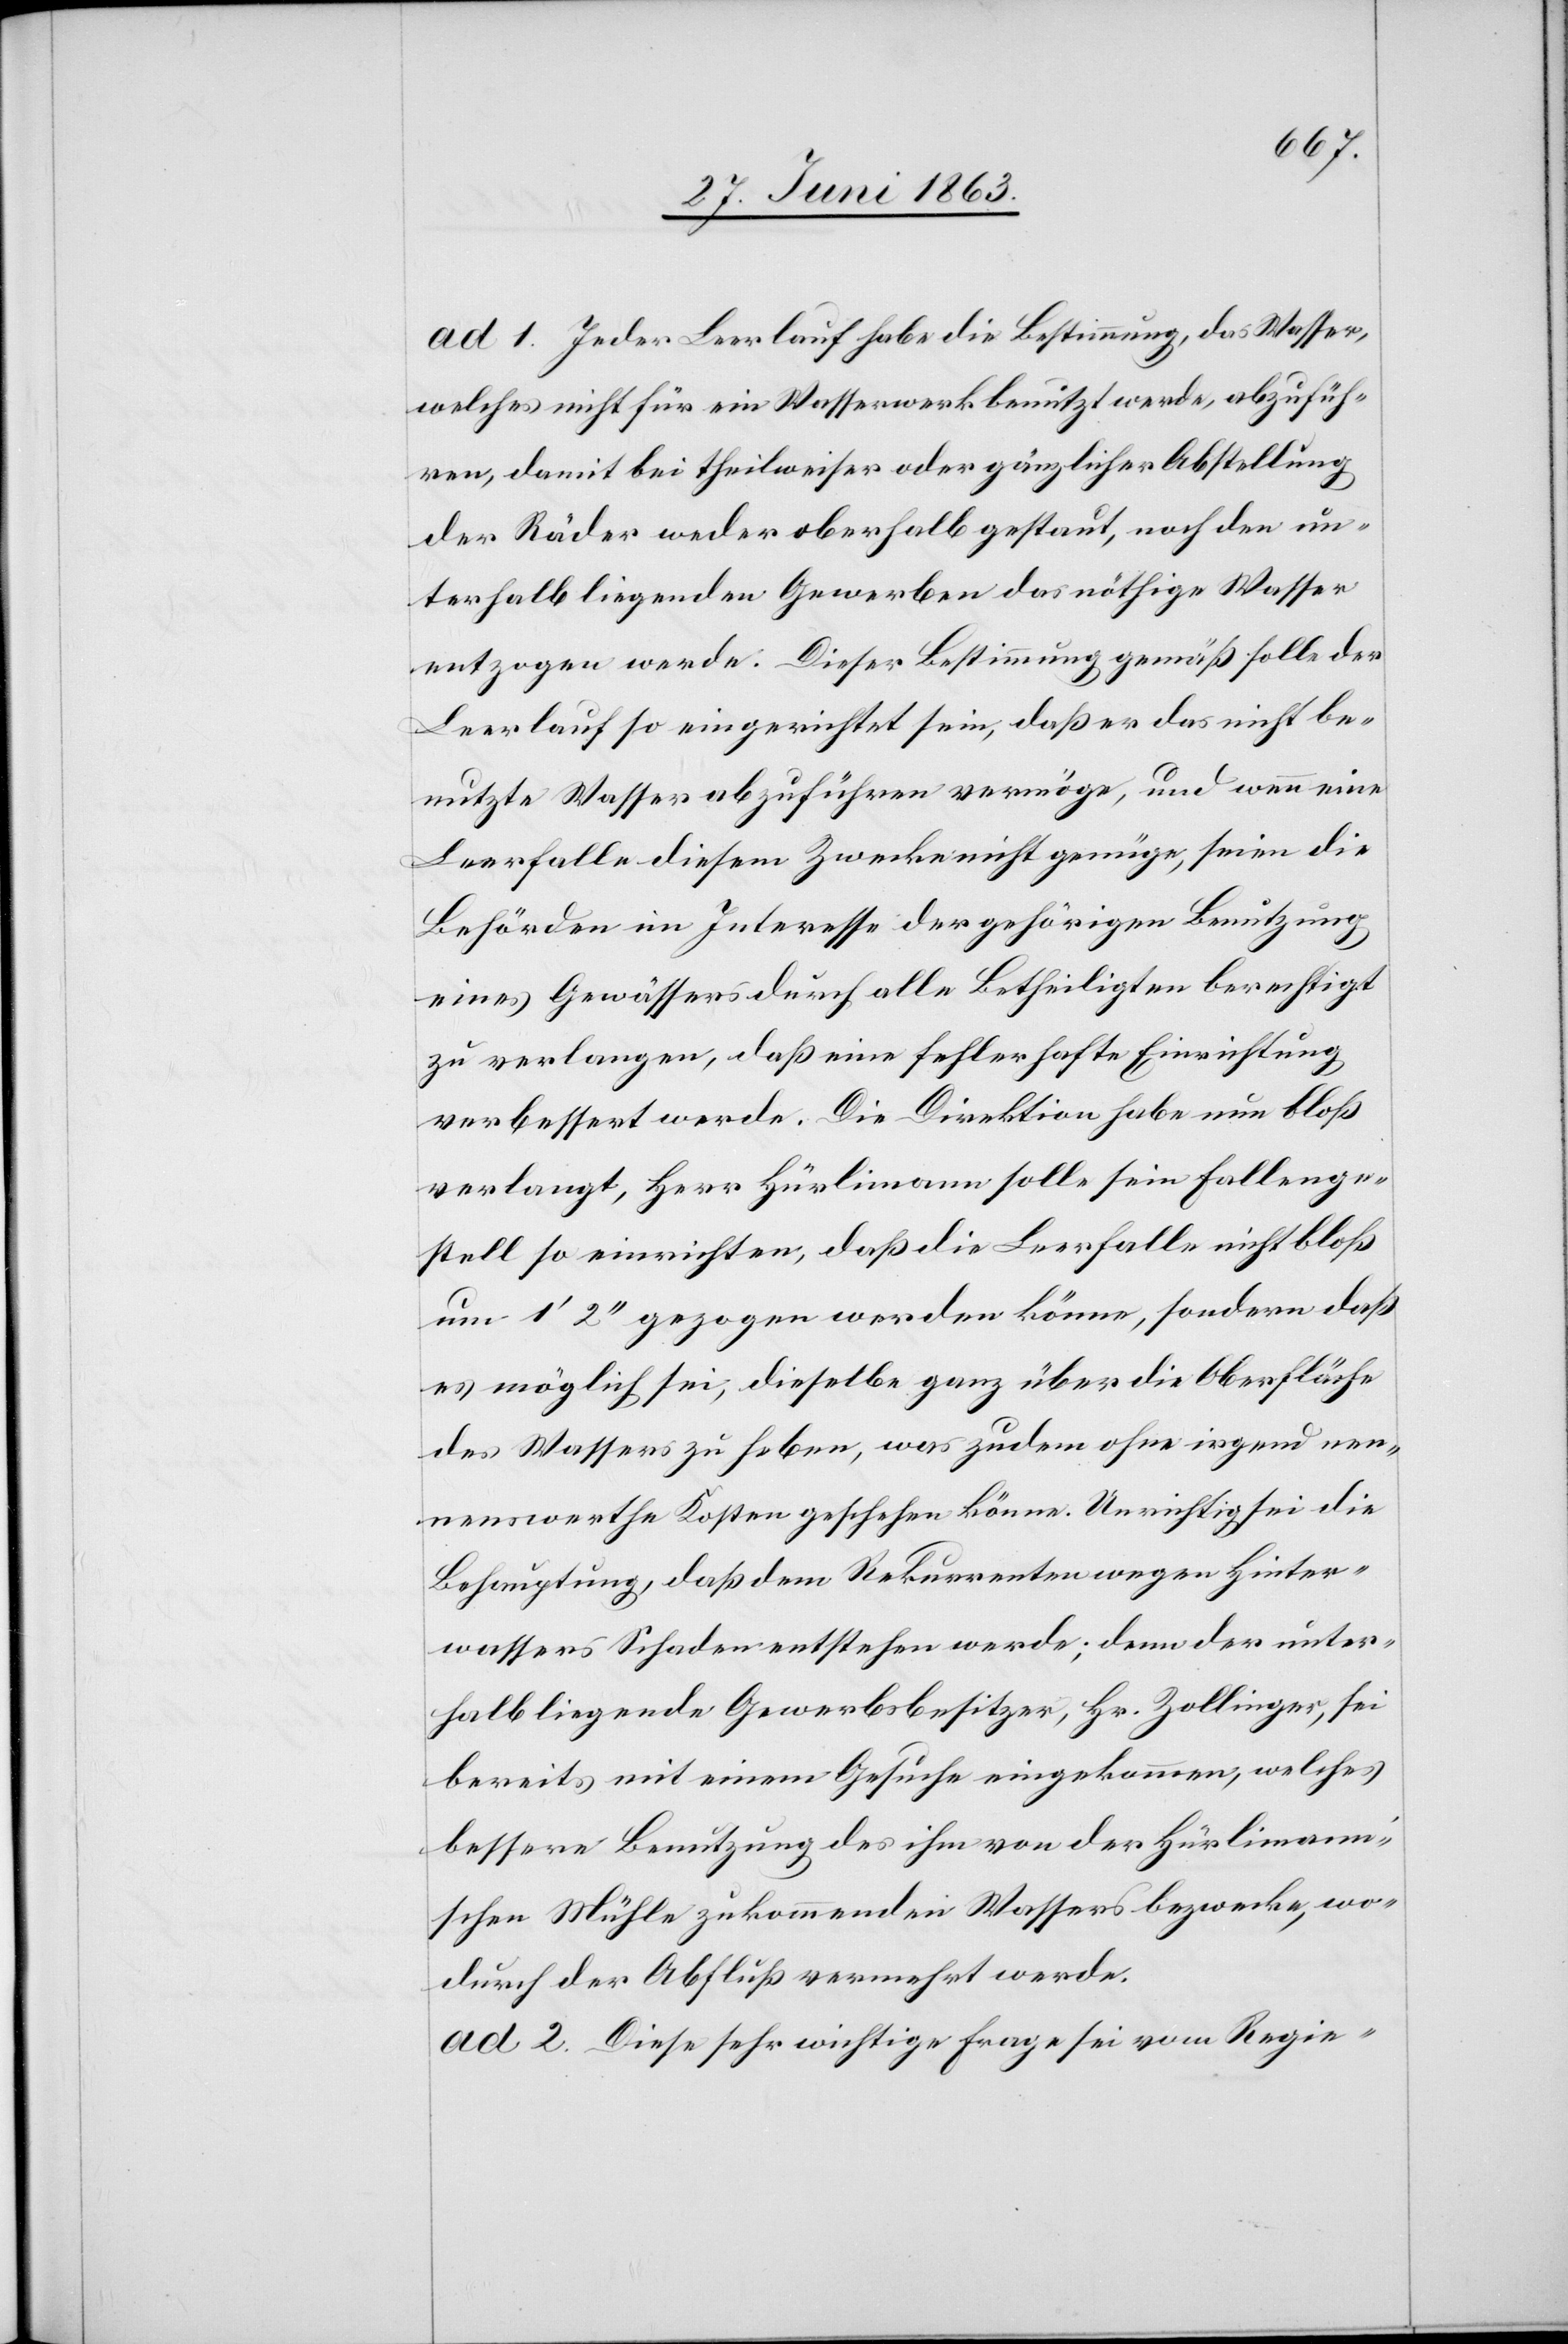
ad 1. Jeder Leerlauf habe die Bestimmung, das Wasser,
welches nicht für ein Wasserwerk benutzt werde, abzufüh¬
ren, damit bei theilweiser oder gänzlicher Abstellung
der Räder weder oberhalb gestaut, noch den un¬
terhalb liegenden Gewerben das nöthige Wasser
entzogen werde. Dieser Bestimmung gemäß solle der
Leerlauf so eingerichtet sein, daß er das nicht be¬
nutzte Wasser abzuführen vermöge, und wenn eine
Leerfalle diesem Zwecke nicht genüge, seien die
Behörden im Interesse der gehörigen Benutzung
eines Gewässers durch alle Betheiligten berechtigt
zu verlangen, daß eine fehlerhafte Einrichtung
verbessert werde. Die Direktion habe nun bloß
verlangt, Herr Hürlimann solle sein Fallenge¬
stell so einrichten, daß die Leerfalle nicht bloß
um 1' 2'' gezogen werden könne, sondern daß
es möglich sei, dieselbe ganz über die Oberfläche
des Wassers zu heben, was zudem ohne irgend nen¬
nenswerthe Kosten geschehen könne. Unrichtig sei die
Behauptung, daß dem Rekurrenten wegen Hinter¬
wassers Schaden entstehen werde; denn der unter¬
halb liegende Gewerbsbesitzer, Hr. Zollinger, sei
bereits mit einem Gesuche eingekommen, welches
bessere Benutzung des ihm von der Hürlimann's¬
chen Mühle zukommenden Wassers bezwecke, wo¬
durch der Abfluß vermehrt werde.
ad 2. Diese sehr wichtige Frage sei vom Regie-